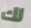
لك